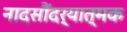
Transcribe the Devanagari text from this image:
नादसौंदर्यात्मक